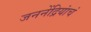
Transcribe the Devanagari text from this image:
जननेंद्रियांचं